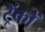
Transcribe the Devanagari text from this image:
ट्रैंकों